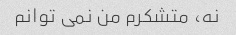
نه، متشکرم من نمی توانم